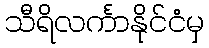
သီရိလင်္ကာနိုင်ငံမှ